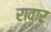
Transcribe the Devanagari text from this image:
रावार